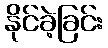
နိုင်ခဲ့ခြင်း